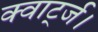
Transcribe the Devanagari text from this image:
क्वार्ट्ज।